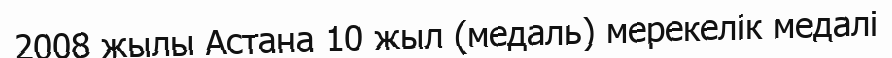
2008 жылы Астана 10 жыл (медаль) мерекелік медалі